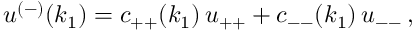
u ^ { ( - ) } ( k _ { 1 } ) = c _ { + + } ( k _ { 1 } ) \, u _ { + + } + c _ { -- } ( k _ { 1 } ) \, u _ { -- } \, , \,